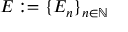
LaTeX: E : = \{ E _ { n } \} _ { n \in \mathbb { N } }